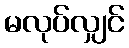
မလုပ်လျှင်